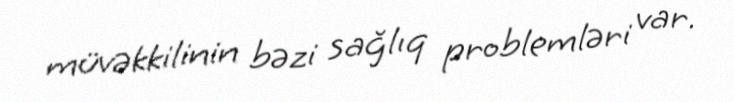
müvəkkilinin bəzi sağlıq problemləri var.